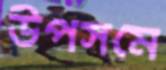
উপসমে